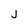
Character: j